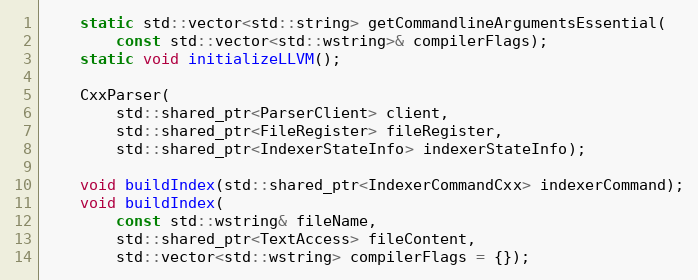
Language: C
	static std::vector<std::string> getCommandlineArgumentsEssential(
		const std::vector<std::wstring>& compilerFlags);
	static void initializeLLVM();

	CxxParser(
		std::shared_ptr<ParserClient> client,
		std::shared_ptr<FileRegister> fileRegister,
		std::shared_ptr<IndexerStateInfo> indexerStateInfo);

	void buildIndex(std::shared_ptr<IndexerCommandCxx> indexerCommand);
	void buildIndex(
		const std::wstring& fileName,
		std::shared_ptr<TextAccess> fileContent,
		std::vector<std::wstring> compilerFlags = {});